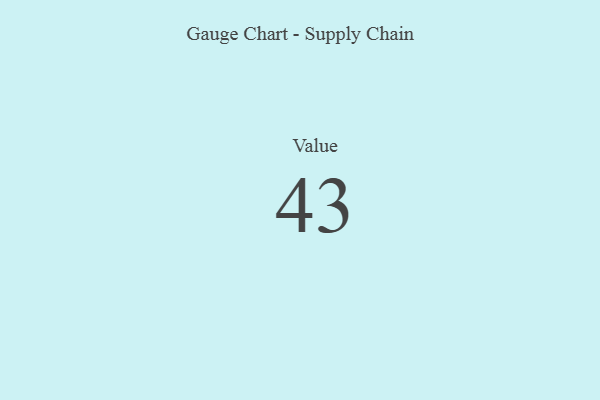
{"axis": {"x": "Metric", "y": "Value"}, "legend": [""], "data": [{"x": "Value", "y": 43, "type": ""}]}